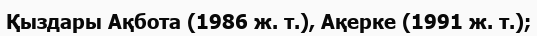
Қыздары Ақбота (1986 ж. т.), Ақерке (1991 ж. т.);